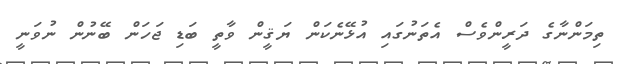
ތިމަންނާގެ ދަރީންވެސް އެތަނުގައި އުޅޭނެކަން ޔަޤީން ވާތީ ބަޑި ޖަހަން ބޭނުން ނުވަނީ